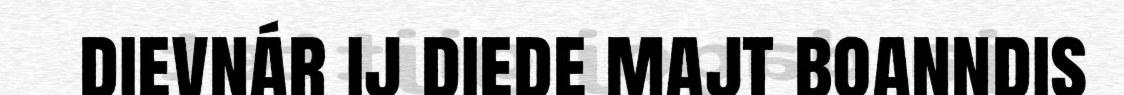
dievnár ij diede majt boanndis